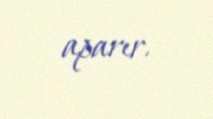
aparır.